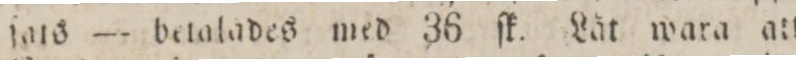
ſats — betalades med 36 ſk. Låt wara att